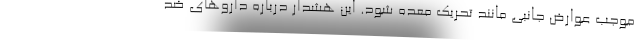
موجب عوارض جانبی مانند تحریک معده شود. این هشدار درباره داروهای ضد